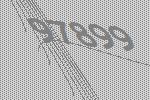
97899